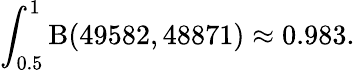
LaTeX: \int_{0.5}^{1}\mathrm{\mathrm{B}}(49582,48871)\approx 0.983.